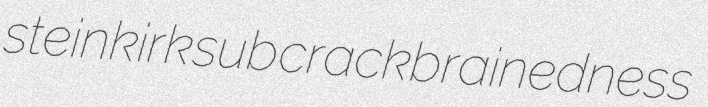
steinkirk sub crackbrainedness